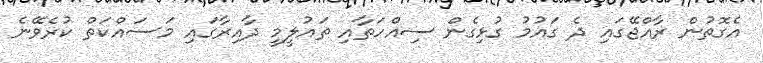
އެގޮތުން ރާއްޖޭގައި ދެ ގައުމު ގުޅިގެން ސިއްހަތާއި ތައުލީމީ ދާއިރާގައި މަސައްކަތް ކުރެވޭނެ